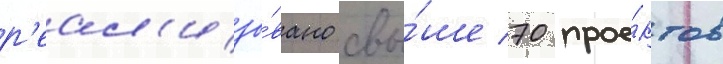
р'еал'изо́вано свы́ше 70 прое́ктов